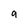
Character: 9